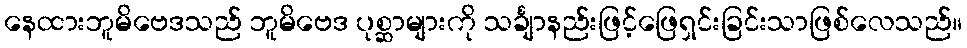
နေထားဘူမိဗေဒသည် ဘူမိဗေဒ ပုစ္ဆာများကို သင်္ချာနည်းဖြင့်ဖြေရှင်းခြင်းသာဖြစ်လေသည်။